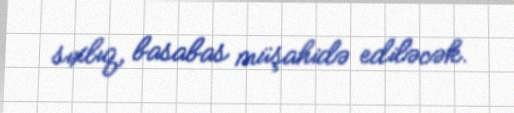
sıxlıq, basabas müşahidə ediləcək.